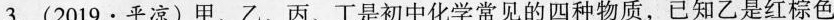
3.(2019·平凉)甲、乙、丙、丁是初中化学常见的四种物质，已知乙是红棕色